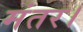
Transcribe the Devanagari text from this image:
मंतर।